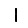
Digit: 1